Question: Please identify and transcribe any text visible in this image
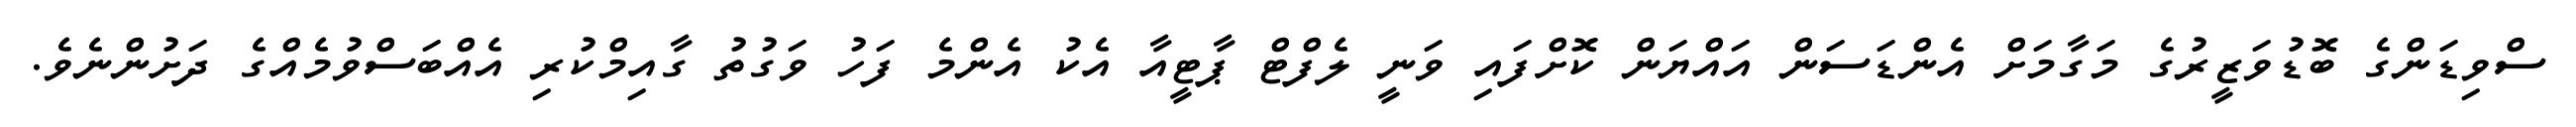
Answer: ސްވިޑަންގެ ބޮޑުވަޒީރުގެ މަގާމަށް އެންޑަސަން އައްޔަން ކޮށްފައި ވަނީ ލެފްޓް ޕާޓީއާ އެކު އެންމެ ފަހު ވަގުތު ގާއިމްކުރި އެއްބަސްވުމެއްގެ ދަށުންނެވެ.